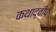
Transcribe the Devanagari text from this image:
कथाद्वीप